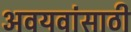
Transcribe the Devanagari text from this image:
अवयवांसाठी